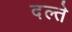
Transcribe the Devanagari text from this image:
दल्ते